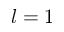
l = 1